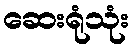
ဆေးရုံသုံး